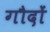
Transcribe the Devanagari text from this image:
गौदों